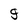
Character: g